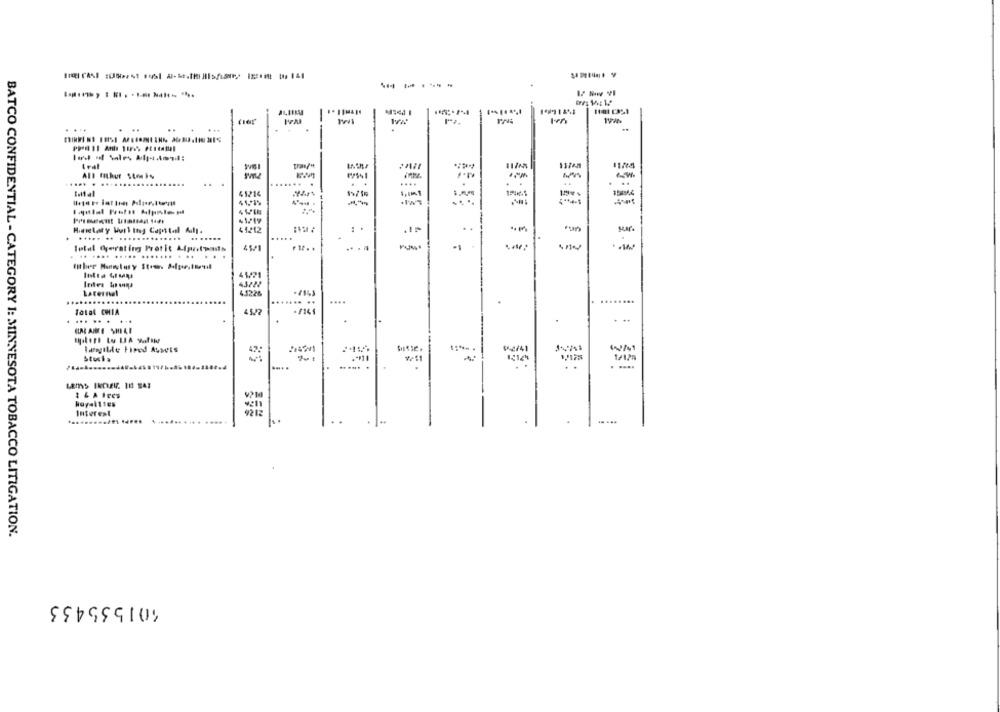
------
149914%*
...
137Am
1124
trat
1175
..... . ..
..
.
....
..
1 **. 1
....
Hintetary Worl Ing Capital All.
41412
...... .. ..............
....
Intel Gerating Protit Lipntpads
45/1
.. .... ..... ....... . ..
41/21
45226
....
.......
Total CHIA
45.22
.... ... .
lægIlle Fired Assets
Stucha
. .
1 & A Ires
Interest
....
.. ...
BATCO CONFIDENTIAL - CATEGORY 1: MINNESOTA TOBACCO LITIGATION.